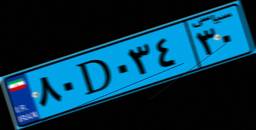
۶۳D۰۴۲۶۸